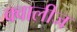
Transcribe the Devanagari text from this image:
क्वालीज